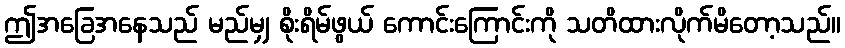
ဤအခြေအနေသည် မည်မျှ စိုးရိမ်ဖွယ် ကောင်းကြောင်းကို သတိထားလိုက်မိတော့သည်။